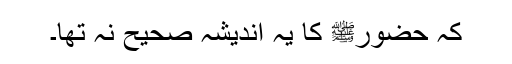
کہ حضورﷺ کا یہ اندیشہ صحیح نہ تھا۔